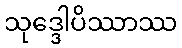
သုဒ္ဒေါပိဿာဿ